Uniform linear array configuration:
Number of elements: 24
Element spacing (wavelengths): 0.75
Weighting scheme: exponential
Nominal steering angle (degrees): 45
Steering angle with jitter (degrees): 46.052
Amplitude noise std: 0.05
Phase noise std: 0.05

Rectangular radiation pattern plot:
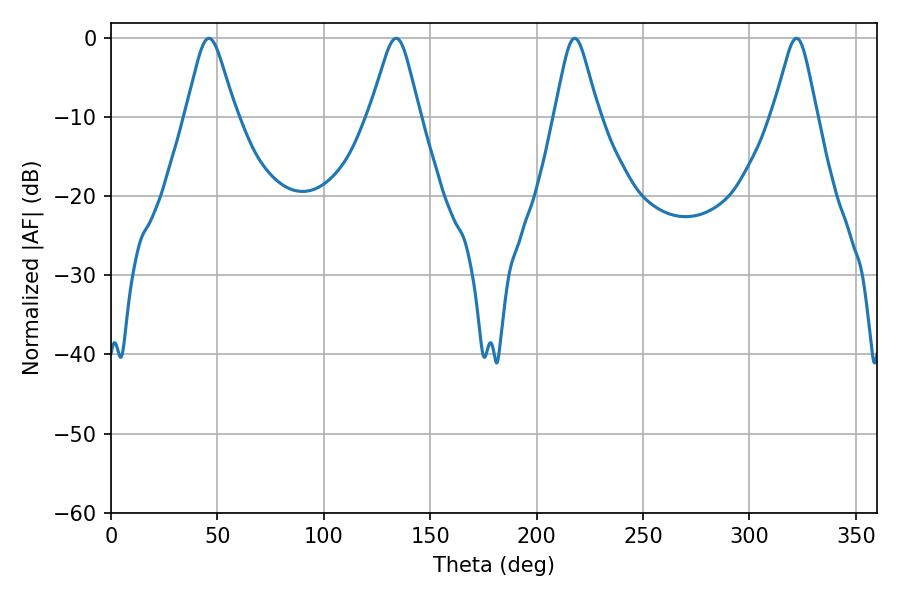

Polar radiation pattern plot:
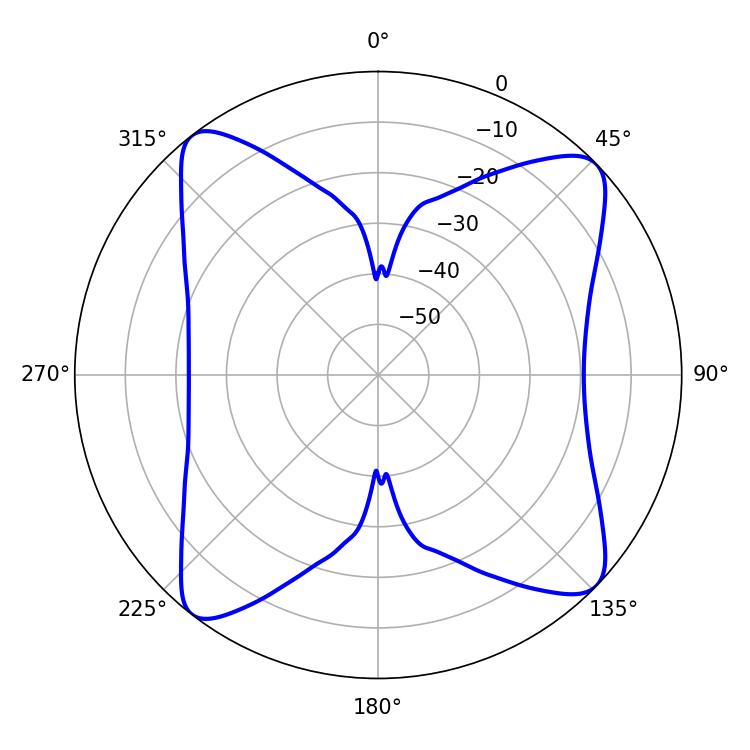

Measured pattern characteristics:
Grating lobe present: TRUE
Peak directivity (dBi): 13.626
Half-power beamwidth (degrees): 11.16
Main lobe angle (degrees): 46.08